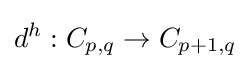
d^{h}:C_{p,q}\to C_{p+1,q}